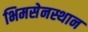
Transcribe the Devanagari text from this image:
भिमसेनस्थान